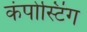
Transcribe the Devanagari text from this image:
कंपोस्टिंग